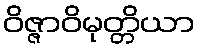
ဝိဇ္ဇာဝိမုတ္တိယာ